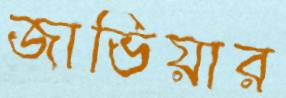
জাভিয়ার